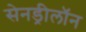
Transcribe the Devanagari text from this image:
सेनड्रीलॉन